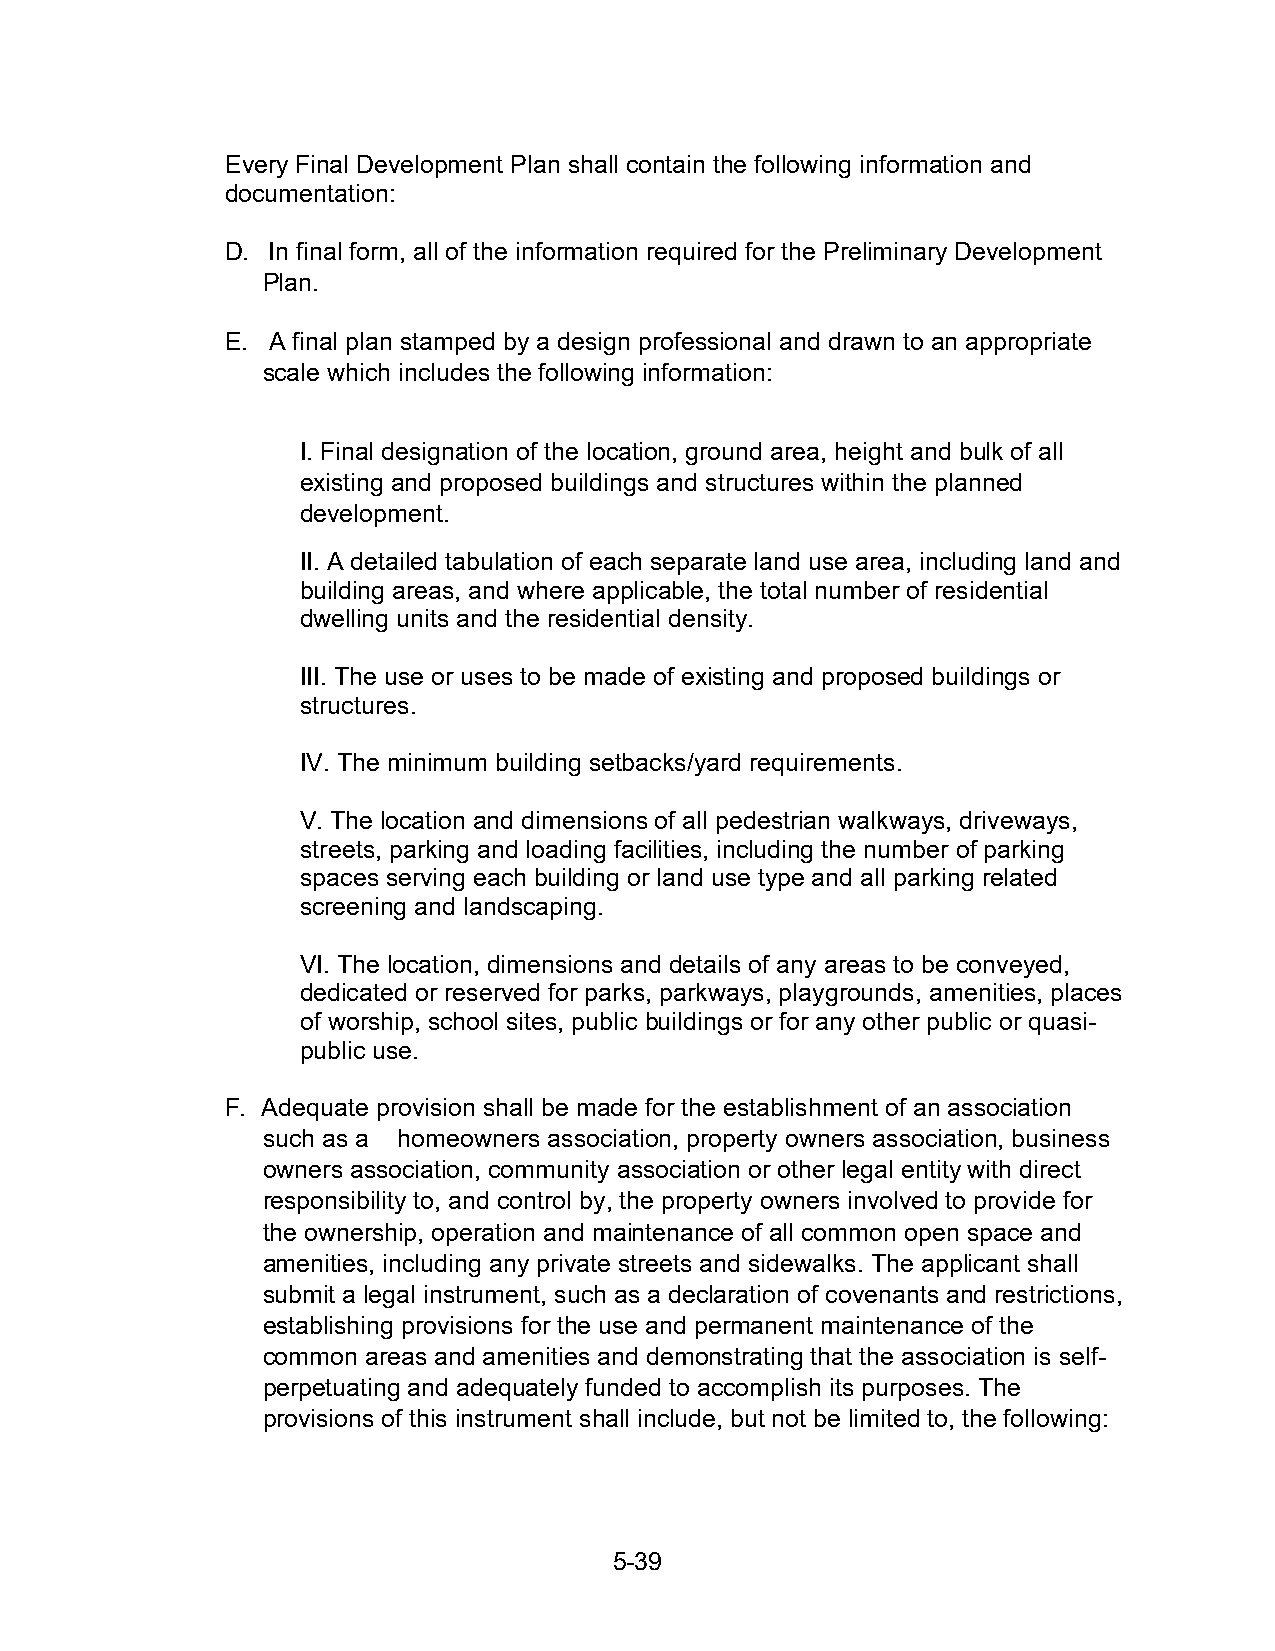
Every Final Development Plan shall contain the following information and
 documentation:
 D. In final form, all of the information required for the Preliminary Development
 Plan.
 E. A final plan stamped by a design professional and drawn to an appropriate
 scale which includes the following information:
 I. Final designation of the location, ground area, height and bulk of all
 existing and proposed buildings and structures within the planned
 development.
 II. A detailed tabulation of each separate land use area, including land and
 building areas, and where applicable, the total number of residential
 dwelling units and the residential density.
 III. The use or uses to be made of existing and proposed buildings or
 structures.
 IV. The minimum building setbacks/yard requirements.
 V. The location and dimensions of all pedestrian walkways, driveways,
 streets, parking and loading facilities, including the number of parking
 spaces serving each building or land use type and all parking related
 screening and landscaping.
 VI. The location, dimensions and details of any areas to be conveyed,
 dedicated or reserved for parks, parkways, playgrounds, amenities, places
 of worship, school sites, public buildings or for any other public or quasi-
 public use.
 F. Adequate provision shall be made for the establishment of an association
 such as a homeowners association, property owners association, business
 owners association, community association or other legal entity with direct
 responsibility to, and control by, the property owners involved to provide for
 the ownership, operation and maintenance of all common open space and
 amenities, including any private streets and sidewalks. The applicant shall
 submit a legal instrument, such as a declaration of covenants and restrictions,
 establishing provisions for the use and permanent maintenance of the
 common areas and amenities and demonstrating that the association is self-
 perpetuating and adequately funded to accomplish its purposes. The
 provisions of this instrument shall include, but not be limited to, the following:
 5-39